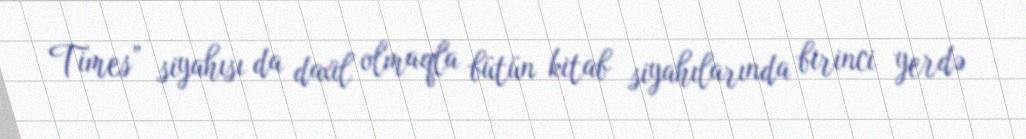
Times” siyahısı da daxil olmaqla bütün kitab siyahılarında birinci yerdə